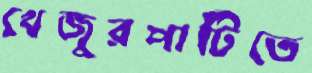
খেজুরপাটিতে